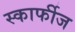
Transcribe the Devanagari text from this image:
स्कार्फीज